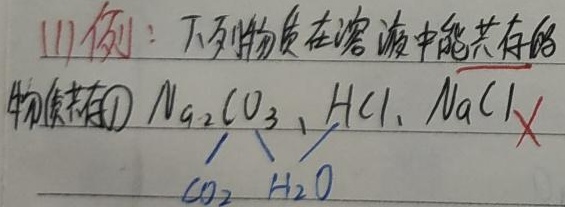
(1) 例：下列物质在溶液中能共存的物质有
1. \(Na_{2}CO_{3}\)、\(HCl\)、\(NaCl\) \(\textcircled{×}\)